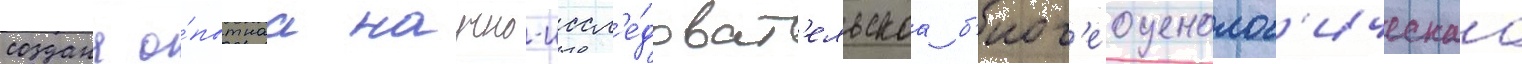
создана о́пытнаа научно-иссл'е́доват'ельскаа б'иог'еоценолог'ическаа